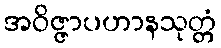
အဝိဇ္ဇာပဟာနသုတ္တံ